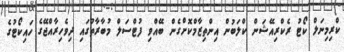
ކްރިމިނަލް ކޯޓު ރެކްރިއޭޝަން ކްލަބުން އިންތިޒާމްކޮށްގެން ބޭއްވި ފުޓްސަލް މުބާރާތުގައި ދިވެހިރާއްޖޭގެ ހައިކޯޓުގެ